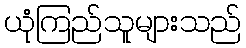
ယုံကြည်သူများသည်